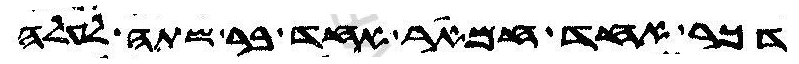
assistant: דכר אחד חמאר אחד בר שתה לעלה